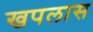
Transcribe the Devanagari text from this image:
खपलास